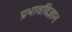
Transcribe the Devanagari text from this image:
प्रभावविज्ञान